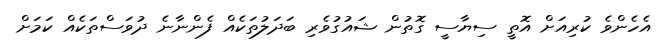
އެހެންވެ ކުރިއަށް އޮތީ ސިޔާސީ ގޮތުން ޝައުގުވެރި ބަދަލުތަކެއް ފެންނާނެ ދުވަސްތަކެއް ކަމަށް